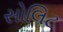
સોલિટ